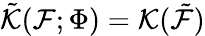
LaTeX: \tilde{{\cal K}}({\cal F};\Phi)={\cal K}(\tilde{{\cal F}})